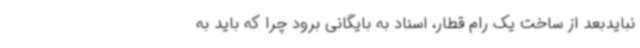
نبایدبعد از ساخت یک رام قطار، اسناد به بایگانی برود چرا که باید به